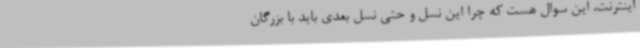
اینترنت، این سوال هست که چرا این نسل و حتی نسل بعدی باید با بزرگان